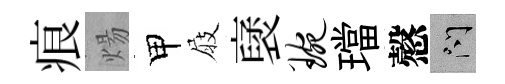
痕煬甲屐裦琬璫慤問